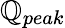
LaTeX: \mathbb{Q}_{peak}